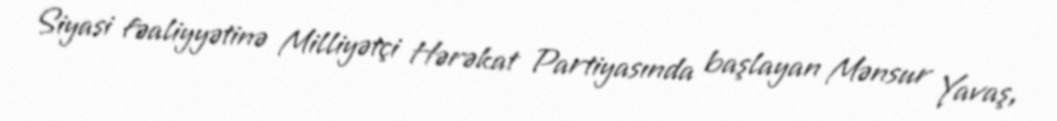
Siyasi fəaliyyətinə Milliyətçi Hərəkat Partiyasında başlayan Mənsur Yavaş,